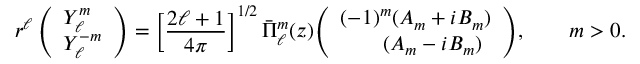
r ^ { \ell } \, { \left( \begin{array} { l } { Y _ { \ell } ^ { m } } \\ { Y _ { \ell } ^ { - m } } \end{array} \right) } = \left[ { \frac { 2 \ell + 1 } { 4 \pi } } \right] ^ { 1 / 2 } { \bar { \Pi } } _ { \ell } ^ { m } ( z ) { \left( \begin{array} { l } { ( - 1 ) ^ { m } ( A _ { m } + i B _ { m } ) } \\ { \qquad ( A _ { m } - i B _ { m } ) } \end{array} \right) } , \qquad m > 0 .